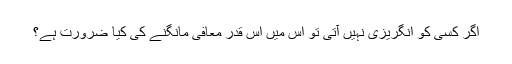
اگر کسی کو انگریزی نہیں آتی تو اس میں اس قدر معافی مانگنے کی کیا ضرورت ہے؟